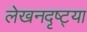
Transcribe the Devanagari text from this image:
लेखनदृष्ट्या